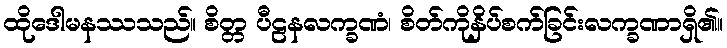
ထိုဒေါမနဿသည်။ စိတ္တ ပီဠနလက္ခဏံ၊ စိတ်ကိုနှိပ်စက်ခြင်းလက္ခဏာရှိ၏။